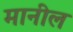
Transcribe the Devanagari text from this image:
मानील